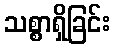
သစ္စာရှိခြင်း